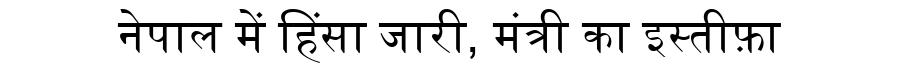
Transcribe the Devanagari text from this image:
नेपाल में हिंसा जारी, मंत्री का इस्तीफ़ा